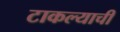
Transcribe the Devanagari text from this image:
टाकल्याची